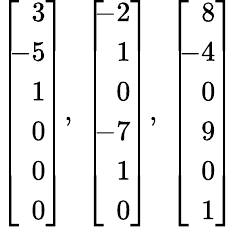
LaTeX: \left[\! \! {\begin{array}{r}{3}\\ {-5}\\ {1}\\ {0}\\ {0}\\ {0}\end{array}}\right],\; \left[\! \! {\begin{array}{r}{-2}\\ {1}\\ {0}\\ {-7}\\ {1}\\ {0}\end{array}}\right],\; \left[\! \! {\begin{array}{r}{8}\\ {-4}\\ {0}\\ {9}\\ {0}\\ {1}\end{array}}\right]